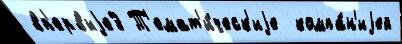
вп'ервыjе3 Т'емат'и́ческ'иjе  компа́н'иjей